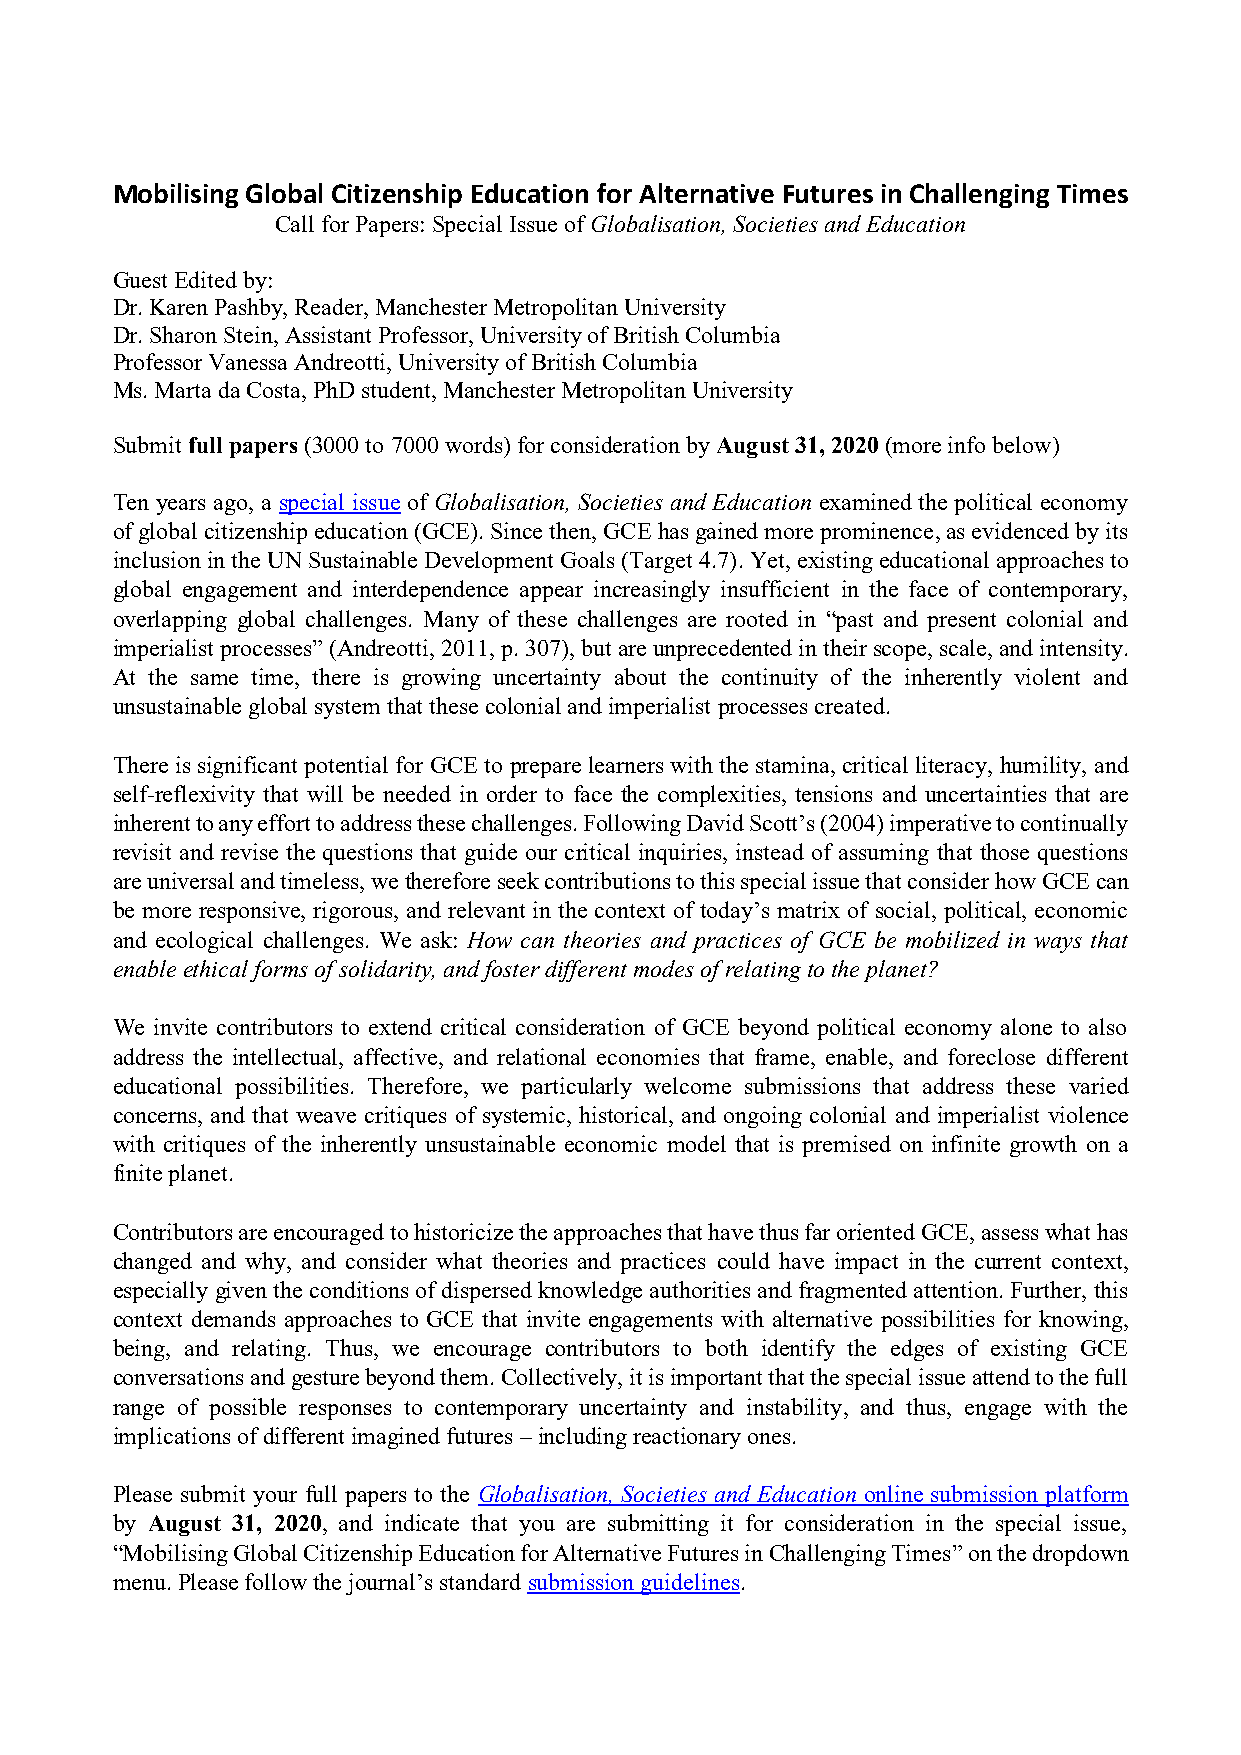
Mobilising Global Citizenship Education for Alternative Futures in Challenging Times
 Call for Papers: Special Issue of Globalisation, Societies and Education
 Guest Edited by:
 Dr. Karen Pashby, Reader, Manchester Metropolitan University
 Dr. Sharon Stein, Assistant Professor, University of British Columbia
 Professor Vanessa Andreotti, University of British Columbia
 Ms. Marta da Costa, PhD student, Manchester Metropolitan University
 Submit full papers (3000 to 7000 words) for consideration by August 31, 2020 (more info below)
 Ten years ago, a special issue of Globalisation, Societies and Education examined the political economy
 of global citizenship education (GCE). Since then, GCE has gained more prominence, as evidenced by its
 inclusion in the UN Sustainable Development Goals (Target 4.7). Yet, existing educational approaches to
 global engagement and interdependence appear increasingly insufficient in the face of contemporary,
 overlapping global challenges. Many of these challenges are rooted in “past and present colonial and
 imperialist processes” (Andreotti, 2011, p. 307), but are unprecedented in their scope, scale, and intensity.
 At the same time, there is growing uncertainty about the continuity of the inherently violent and
 unsustainable global system that these colonial and imperialist processes created.
 There is significant potential for GCE to prepare learners with the stamina, critical literacy, humility, and
 self-reflexivity that will be needed in order to face the complexities, tensions and uncertainties that are
 inherent to any effort to address these challenges. Following David Scott’s (2004) imperative to continually
 revisit and revise the questions that guide our critical inquiries, instead of assuming that those questions
 are universal and timeless, we therefore seek contributions to this special issue that consider how GCE can
 be more responsive, rigorous, and relevant in the context of today’s matrix of social, political, economic
 and ecological challenges. We ask: How can theories and practices of GCE be mobilized in ways that
 enable ethical forms of solidarity, and foster different modes of relating to the planet?
 We invite contributors to extend critical consideration of GCE beyond political economy alone to also
 address the intellectual, affective, and relational economies that frame, enable, and foreclose different
 educational possibilities. Therefore, we particularly welcome submissions that address these varied
 concerns, and that weave critiques of systemic, historical, and ongoing colonial and imperialist violence
 with critiques of the inherently unsustainable economic model that is premised on infinite growth on a
 finite planet.
 Contributors are encouraged to historicize the approaches that have thus far oriented GCE, assess what has
 changed and why, and consider what theories and practices could have impact in the current context,
 especially given the conditions of dispersed knowledge authorities and fragmented attention. Further, this
 context demands approaches to GCE that invite engagements with alternative possibilities for knowing,
 being, and relating. Thus, we encourage contributors to both identify the edges of existing GCE
 conversations and gesture beyond them. Collectively, it is important that the special issue attend to the full
 range of possible responses to contemporary uncertainty and instability, and thus, engage with the
 implications of different imagined futures – including reactionary ones.
 Please submit your full papers to the Globalisation, Societies and Education online submission platform
 by August 31, 2020, and indicate that you are submitting it for consideration in the special issue,
 “Mobilising Global Citizenship Education for Alternative Futures in Challenging Times” on the dropdown
 menu. Please follow the journal’s standard submission guidelines.